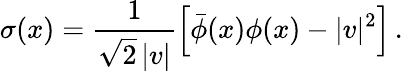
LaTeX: \sigma(x)=\frac{1}{\sqrt{2}\, |v|}\left[\bar{\phi}(x)\phi(x)-|v|^{2}\right]\, .